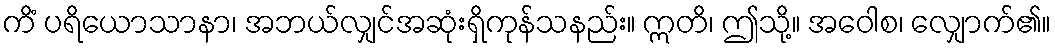
ကိံ ပရိယောသာနာ၊ အဘယ်လျှင်အဆုံးရှိကုန်သနည်း။ ဣတိ၊ ဤသို့။ အဝေါစ၊ လျှောက်၏။